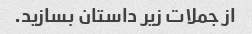
از جملات زیر داستان بسازید.